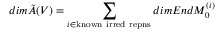
d i m \tilde { A } ( V ) = \sum _ { i \in \mathrm { k n o w n ~ i r r e d ~ r e p n s } } d i m E n d M _ { 0 } ^ { ( i ) }